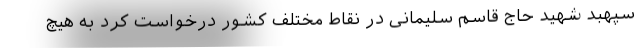
سپهبد شهید حاج قاسم سلیمانی در نقاط مختلف کشور درخواست کرد به هیچ